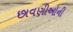
છાવણીઓની